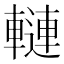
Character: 轋